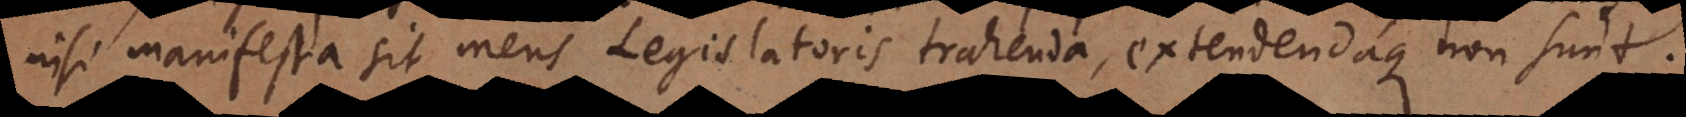
nisi manifesta sit mens Legislatoris trahenda, extendendaque non sunt.